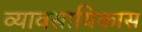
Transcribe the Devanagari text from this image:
व्यावसायिकास